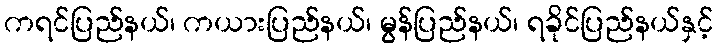
ကရင်ပြည်နယ်၊ ကယားပြည်နယ်၊ မွန်ပြည်နယ်၊ ရခိုင်ပြည်နယ်နှင့်